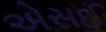
એસઈ